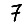
Digit: 7